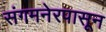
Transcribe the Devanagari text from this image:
संगमनेरपासून